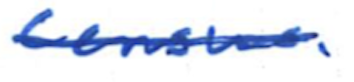
Text: Census.
Cross-out: single-line
Writing tool: ballpoint